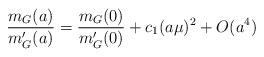
LaTeX: \begin{align*}{{m_G(a)} \over {m_G^{\prime}(a)}}={{m_G(0)} \over {m_G^{\prime}(0)}}+c_1 (a\mu)^2 + O(a^4)\end{align*}